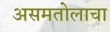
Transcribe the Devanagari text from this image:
असमतोलाचा